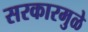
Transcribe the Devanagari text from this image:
सरकारमुळे